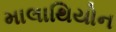
માલાથિયોન